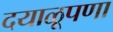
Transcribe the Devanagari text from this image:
दयाळूपणा